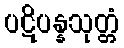
ပဋိပန္နသုတ္တံ